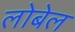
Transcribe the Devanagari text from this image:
लोबेल